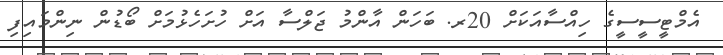
އެމްޓީސީސީގެ ހިއްސާއަކަށް 20ރ. ބަހަން އާންމު ޖަލްސާ އަށް ހުށަހެޅުމަށް ބޯޑުން ނިންމައިފި